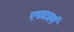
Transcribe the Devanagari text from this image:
एण्टवर्प